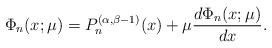
LaTeX: \begin{align*} \Phi_n(x;\mu) = P_n^{(\alpha,\beta-1)}(x) + \mu \frac{d\Phi_n(x;\mu)}{dx}. \end{align*}